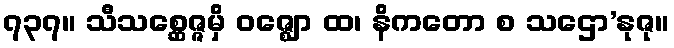
၇၃၇။ သီသစ္ဆေဇ္ဇမှိ ဝဇ္ဈော ထ၊ နိကတော စ သဌော’နုဇု။